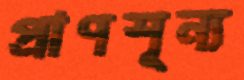
প্রাণশূন্য